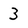
Character: 3